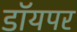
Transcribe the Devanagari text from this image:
डॉयपर